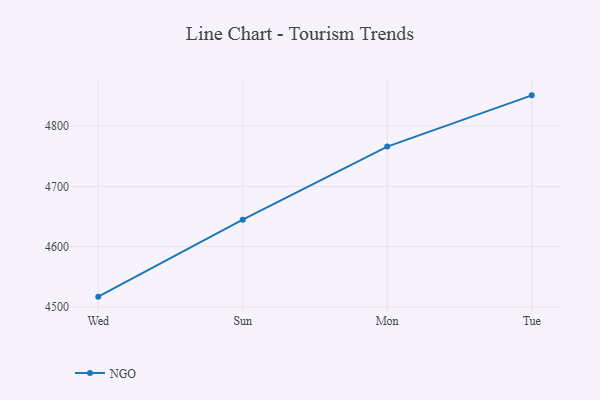
{"axis": {"x": "Day", "y": "Market Share (%)"}, "legend": ["NGO"], "data": [{"x": "Wed", "y": 4517.2, "type": "NGO"}, {"x": "Sun", "y": 4644.8, "type": "NGO"}, {"x": "Mon", "y": 4765.9, "type": "NGO"}, {"x": "Tue", "y": 4850.8, "type": "NGO"}]}